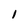
Character: 1